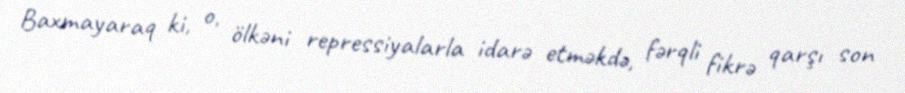
Baxmayaraq ki, o, ölkəni repressiyalarla idarə etməkdə, fərqli fikrə qarşı son